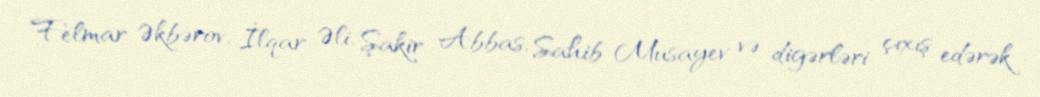
Felmar Əkbərov, İlqar Əli, Şakir Abbas, Sahib Musayev və digərləri çıxış edərək